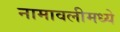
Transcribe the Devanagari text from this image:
नामावलीमध्ये